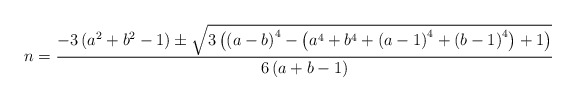
\begin{align*}n=\frac{-3\left(a^{2}+b^{2}-1\right)\pm\sqrt{3\left(\left(a-b\right)^{4}-\left(a^{4}+b^{4}+\left(a-1\right)^{4}+\left(b-1\right)^{4}\right)+1\right)}}{6\left(a+b-1\right)}\end{align*}